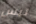
ليس